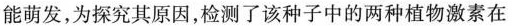
能萌发，为探究其原因，检测了该种子中的两种植物激素在